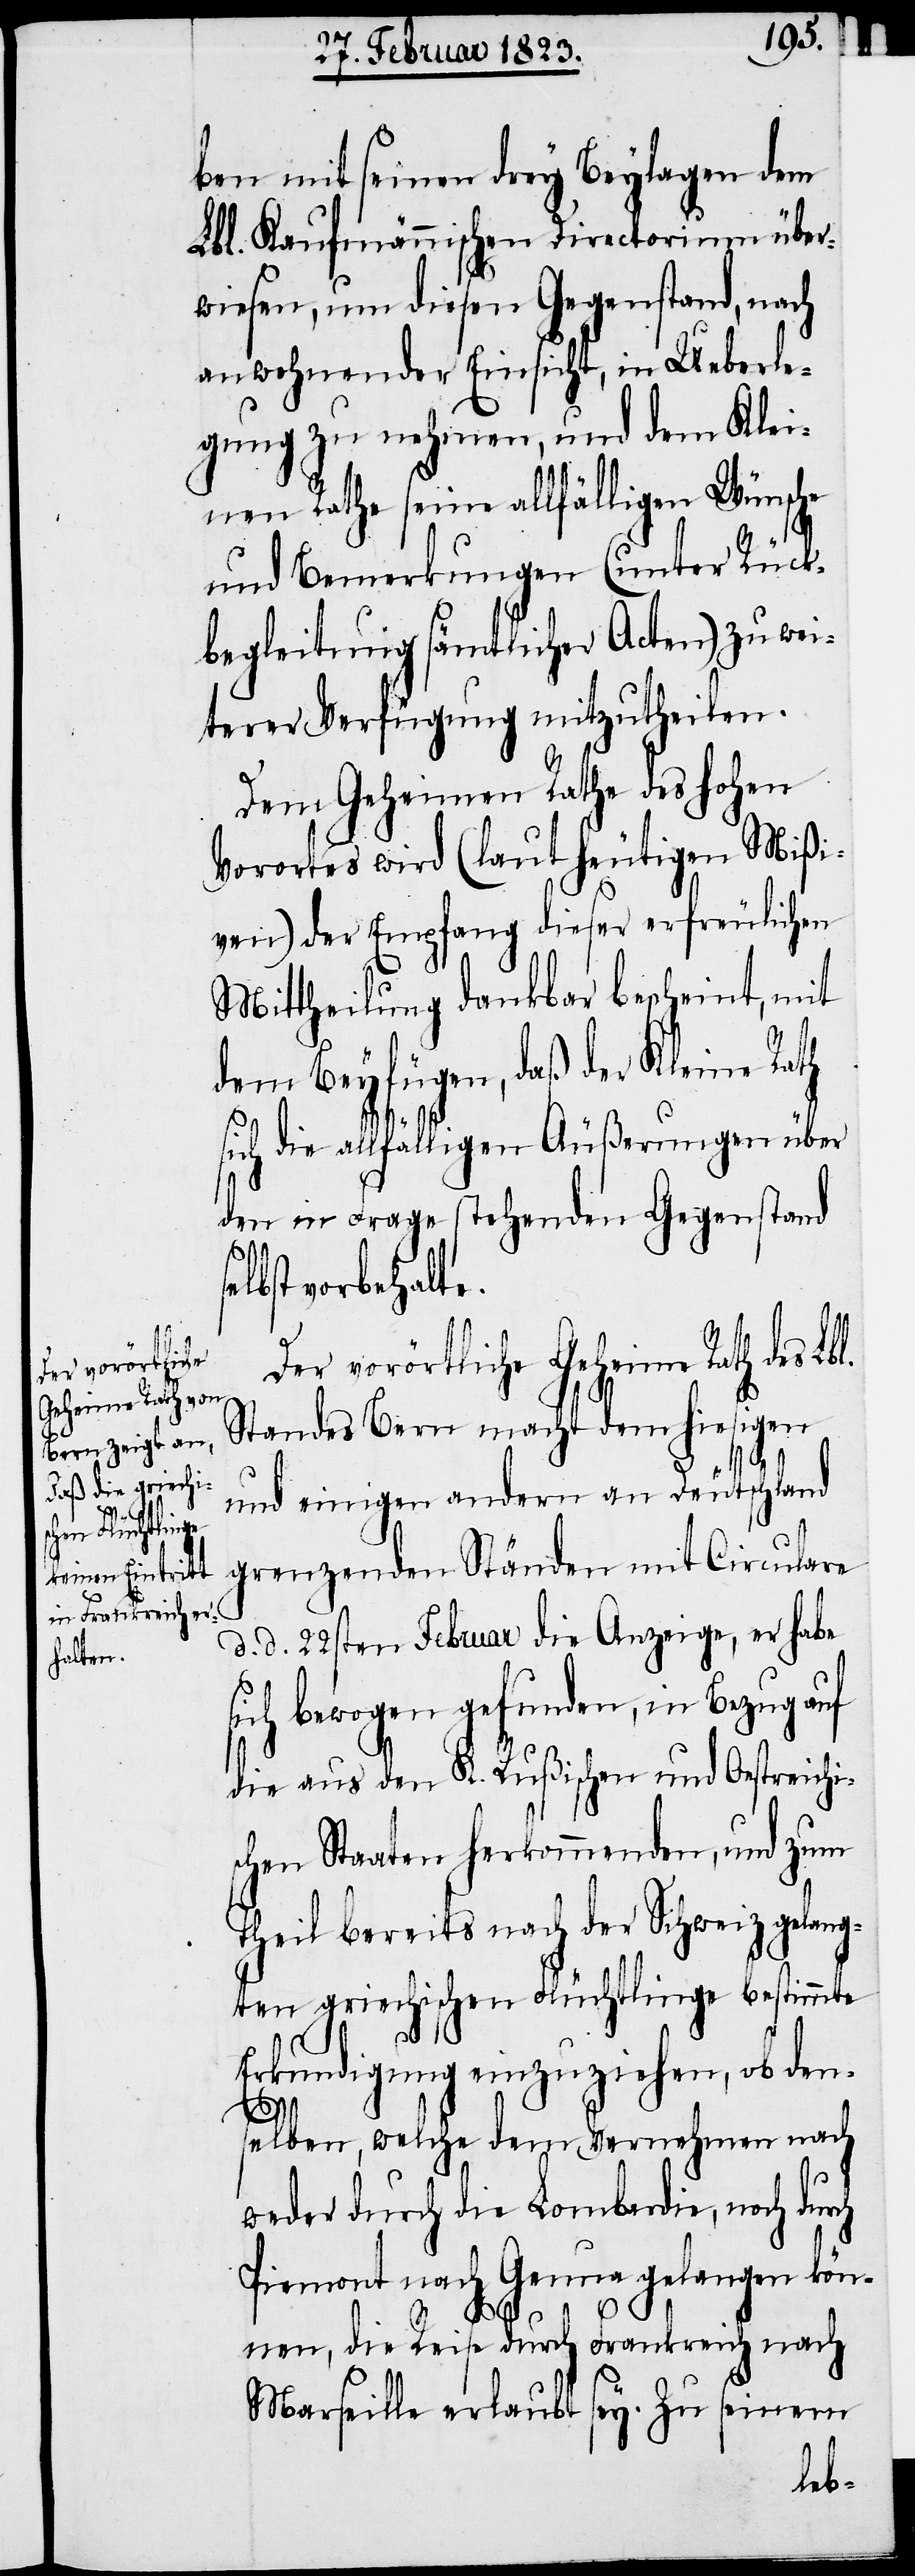
ben mit seinen drey Beylagen dem
Lbl. Kaufmännischen Directorium über¬
wiesen, um diesen Gegenstand, nach
anwohnender Einsicht, in Ueberle¬
gung zu nehmen, und dem Klei¬
nen Rathe seine allfälligen Wünsche
und Bemerkungen (unter Rück¬
begleitung sämtlicher Acten) zu wei¬
terer Verfügung mitzutheilen.
Dem Geheimen Rathe des hohen
Vorortes wird (laut heutigen Mißi¬
ven) der Empfang dieser erfreulichen
Mittheilung dankbar bescheint, mit
dem Beyfügen, daß der Kleine Rath
sich die allfälligen Äußerungen über
den in Frage stehenden Gegenstand
st vorbehalte.
Der vorörtliche Geheime Rath des Lbl.
Standes Bern macht dem hiesigen
und einigen andern an Deutschland
grenzenden Ständen mit Circulare
d. d. 22sten Februar die Anzeige, er habe
ich bewogen gefunden, in Bezug auf
die aus den K. Rußischen und Oestreichi¬
schen Staaten herkommenden, und zum
Theil bereits nach der Schweiz gelang¬
ten griechischen Flüchtlinge bestimmte
Erkundigung einzuziehen, ob den¬
selben, welche dem Vernehmen nach
weder durch die Lombardie, noch durch
Piemont nach Genua gelangen kön¬
s¬
nen, die Reise durch Frankreich nach
Marseille erlaubt sey. Zu seinem
selb¬